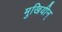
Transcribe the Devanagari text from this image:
मुखियीन्